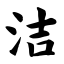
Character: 洁